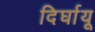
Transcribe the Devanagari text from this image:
दिर्घायू